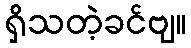
ရှိသတဲ့ခင်ဗျ။